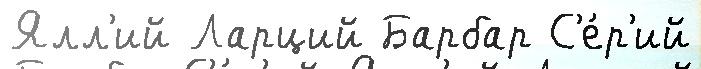
Ялл'ий Ларций Барбар С'е́р'ий